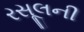
રસૂલની